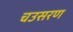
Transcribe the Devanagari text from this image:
चउसरण